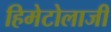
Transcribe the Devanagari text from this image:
हिमेटोलाजी